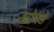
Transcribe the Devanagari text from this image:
खोपडे